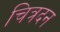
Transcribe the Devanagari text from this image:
चित्रदन